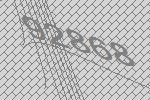
92868